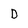
Character: D